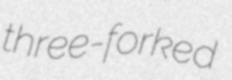
three-forked